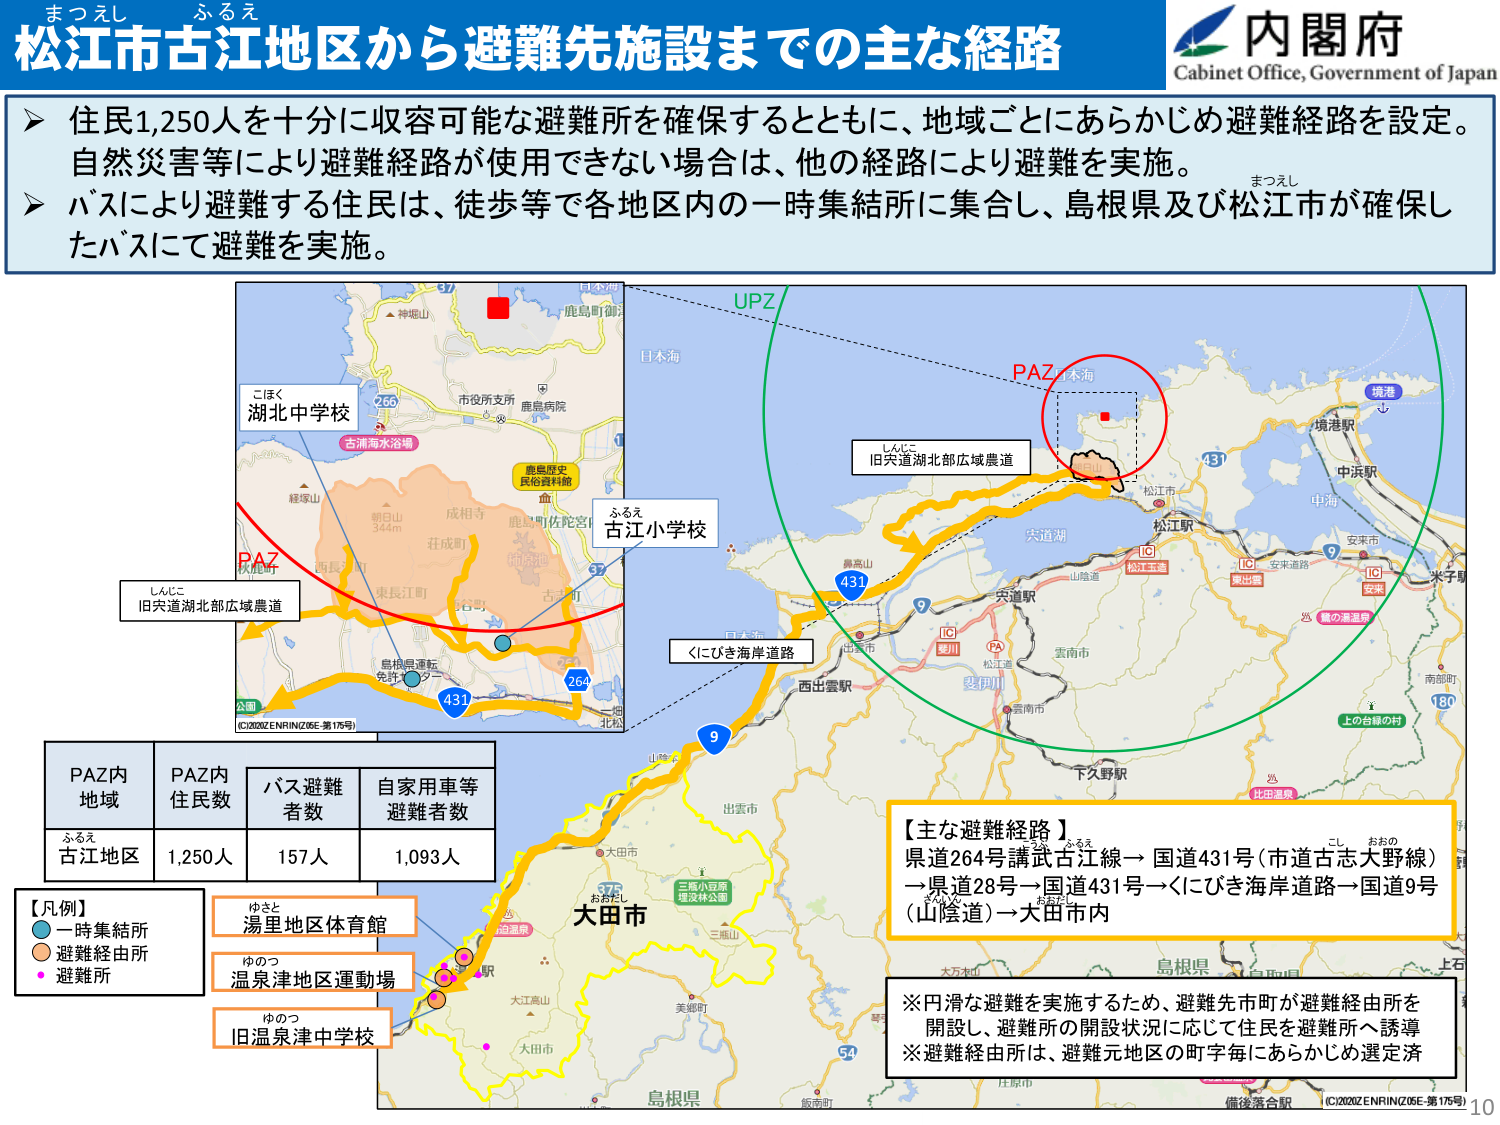
まつえし　ふるえ
松江市古江地区から避難先施設までの主な経路
内閣府
Cabinet Office, Government of Japan

➤ 住民1,250人を十分に収容可能な避難所を確保するとともに、地域ごとにあらかじめ避難経路を設定。
自然災害等により避難経路が使用できない場合は、他の経路により避難を実施。
➤ バスにより避難する住民は、徒歩等で各地区内の一時集結所に集合し、島根県及び松江市が確保したバスにて避難を実施。

こほく
湖北中学校
古浦海水浴場
市役所支所
鹿島病院
鹿島歴史民俗資料館
鹿島町佐陀宮
経塚山
朝日山
344m
成相寺
荘成町
古江町
島根県運転免許センター
264
431
ふるえ
古江小学校
日本海
UPZ
PAZ
本海
しんこ
旧宍道湖北部広域農道
431
境港
境港駅
中浜駅
中海
安来市
米子駅
9
IC
松江玉造
IC
家出雲
IC
安来
鶴の湯温泉
南部町
180
上の台緑の村
大道湖
山陰道
宍道駅
出雲市
西出雲駅
PA
松江道
斐伊川
雲南市
下久野駅
比田温泉
出雲市
山陰本
9
三瓶小豆原
国定林公園
三瓶山
おおた
大田市
大江高山
美郷町
島根県
飯南町
庄原市
備後落合駅
(C)2020ZENRIN(205E-第175号)

PAZ内
地域
PAZ内
住民数
バス避難
者数
自家用車等
避難者数
ふるえ
古江地区
1,250人
157人
1,093人

【凡例】
一時集結所
避難経由所
避難所

ゆさと
湯里地区体育館
ゆのつ
温泉津地区運動場
ゆのつ
旧温泉津中学校

【主な避難経路】
県道264号講武古江線→国道431号（市道古志大野線）
→県道28号→国道431号→くにびき海岸道路→国道9号（山陰道）→大田市内

※円滑な避難を実施するため、避難先市町が避難経由所を開設し、避難所の開設状況に応じて住民を避難所へ誘導
※避難経由所は、避難元地区の町字毎にあらかじめ選定済

(C)2020ZENRIN(205E-第175号)
10